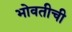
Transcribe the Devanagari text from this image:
भोवतीची